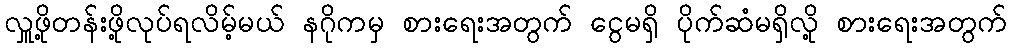
လှူဖို့တန်းဖို့လုပ်ရလိမ့်မယ် နဂိုကမှ စားရေးအတွက် ငွေမရှိ ပိုက်ဆံမရှိလို့ စားရေးအတွက်